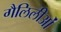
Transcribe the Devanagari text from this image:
गैलिलीओं